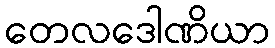
တေလဒေါဏိယာ